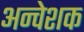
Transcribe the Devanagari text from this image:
अन्वेशक